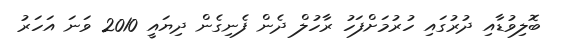
ބޮލިވުޑާއި ދުރުގައި ހުރުމަށްފަހު ރާހުލް ދެން ފެނިގެން ދިޔައީ 2010 ވަނަ އަހަރު